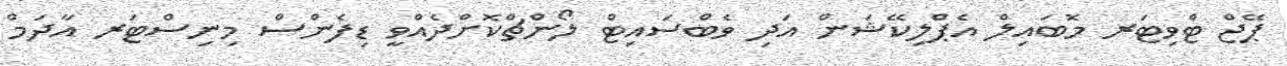
ޕޭޖް ޓްވިޓަރ މޮބައިލް އެޕްލިކޭޝަން އަދި ވެބްސައިޓް ލޯންޗްކޮށްދެއްވީ ޑިފެންސް މިނިސްޓަރ އާދަމް